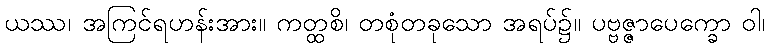
ယဿ၊ အကြင်ရဟန်းအား။ ကတ္ထစိ၊ တစုံတခုသော အရပ်၌။ ပဗ္ဗဇ္ဇာပေက္ခော ဝါ၊